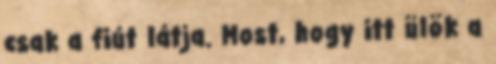
csak a fiút látja. Most, hogy itt ülök a